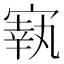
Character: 㝪